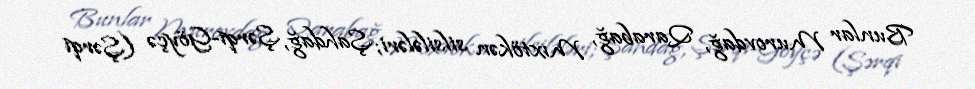
Bunlar Murovdağ, Qarabağ, Mıxtökən silsilələri; Şahdağ, Şərqi-Göyçə (Şərqi